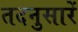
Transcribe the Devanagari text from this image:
तदनुसारें